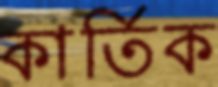
কার্তিক